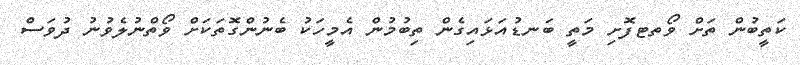
ކަތީބުން ތަށް ވޯތޓފޮށި މަތީ ބަނޑުއަޅައިގެން ތިބުމުން އެމީހަކު ބެނުންގޮތަކަށް ވޯތްނުލެވުނު ދުވަސް